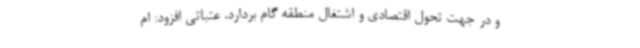
و در جهت تحول اقتصادی و اشتغال منطقه گام بردارد. عتباتی افزود: ام